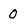
Character: 0